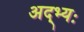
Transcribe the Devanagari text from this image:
अद्भ्यः